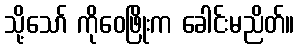
သို့သော် ကိုဝေဖြိုးက ခေါင်းမညိတ်။